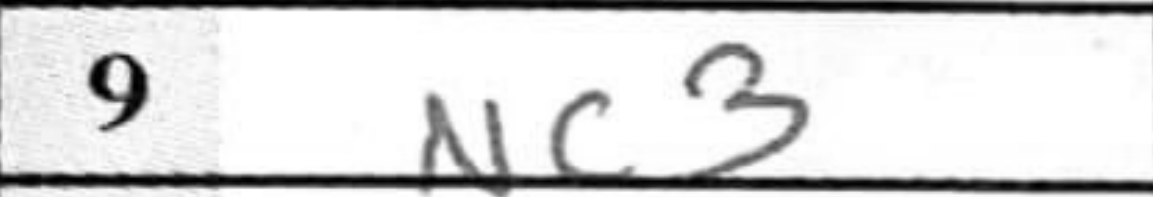
Transcription: Nc3